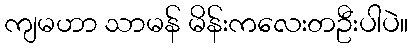
ကျမဟာ သာမန် မိန်းကလေးတဦးပါပဲ။